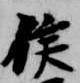
侯